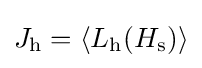
J_{\text{h}}=\langle L_{\text{h}}(H_{\text{s}})\rangle